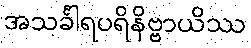
အသင်္ခါရပရိနိဗ္ဗာယိဿ